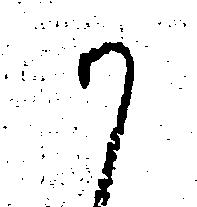
か